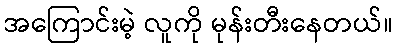
အကြောင်းမဲ့ လူကို မုန်းတီးနေတယ်။